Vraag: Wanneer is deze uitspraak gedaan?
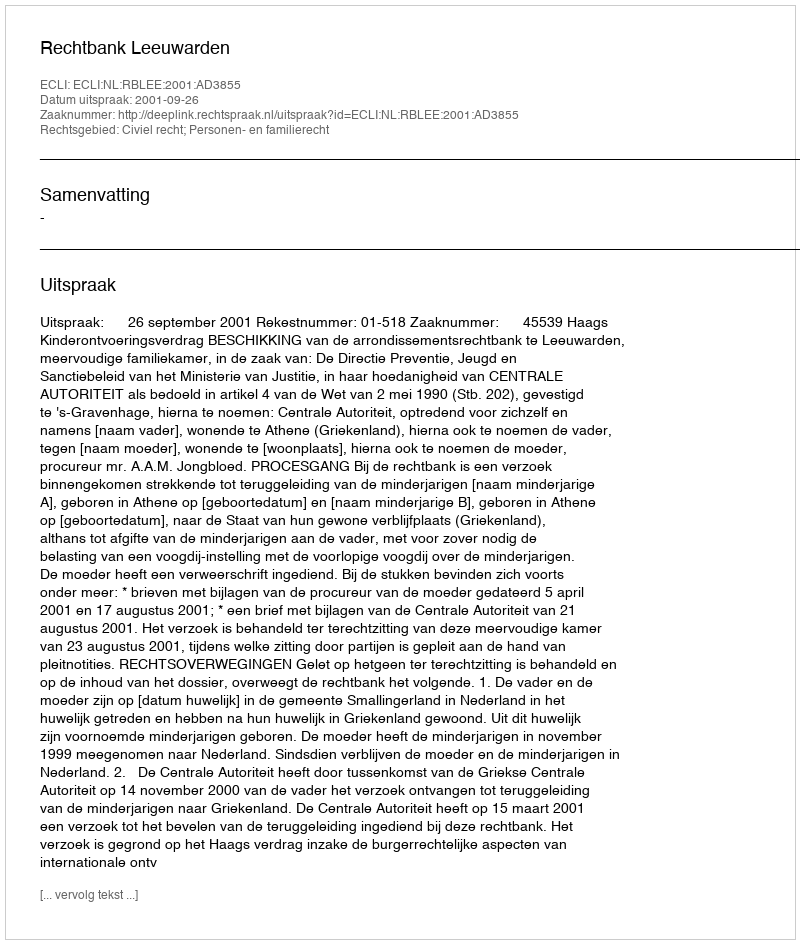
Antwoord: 2001-09-26